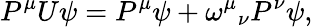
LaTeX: P^{\mu}U\psi=P^{\mu}\psi+\omega^{\mu}{}_{\nu}P^{\nu}\psi,